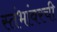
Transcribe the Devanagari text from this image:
स्तंभांवरची